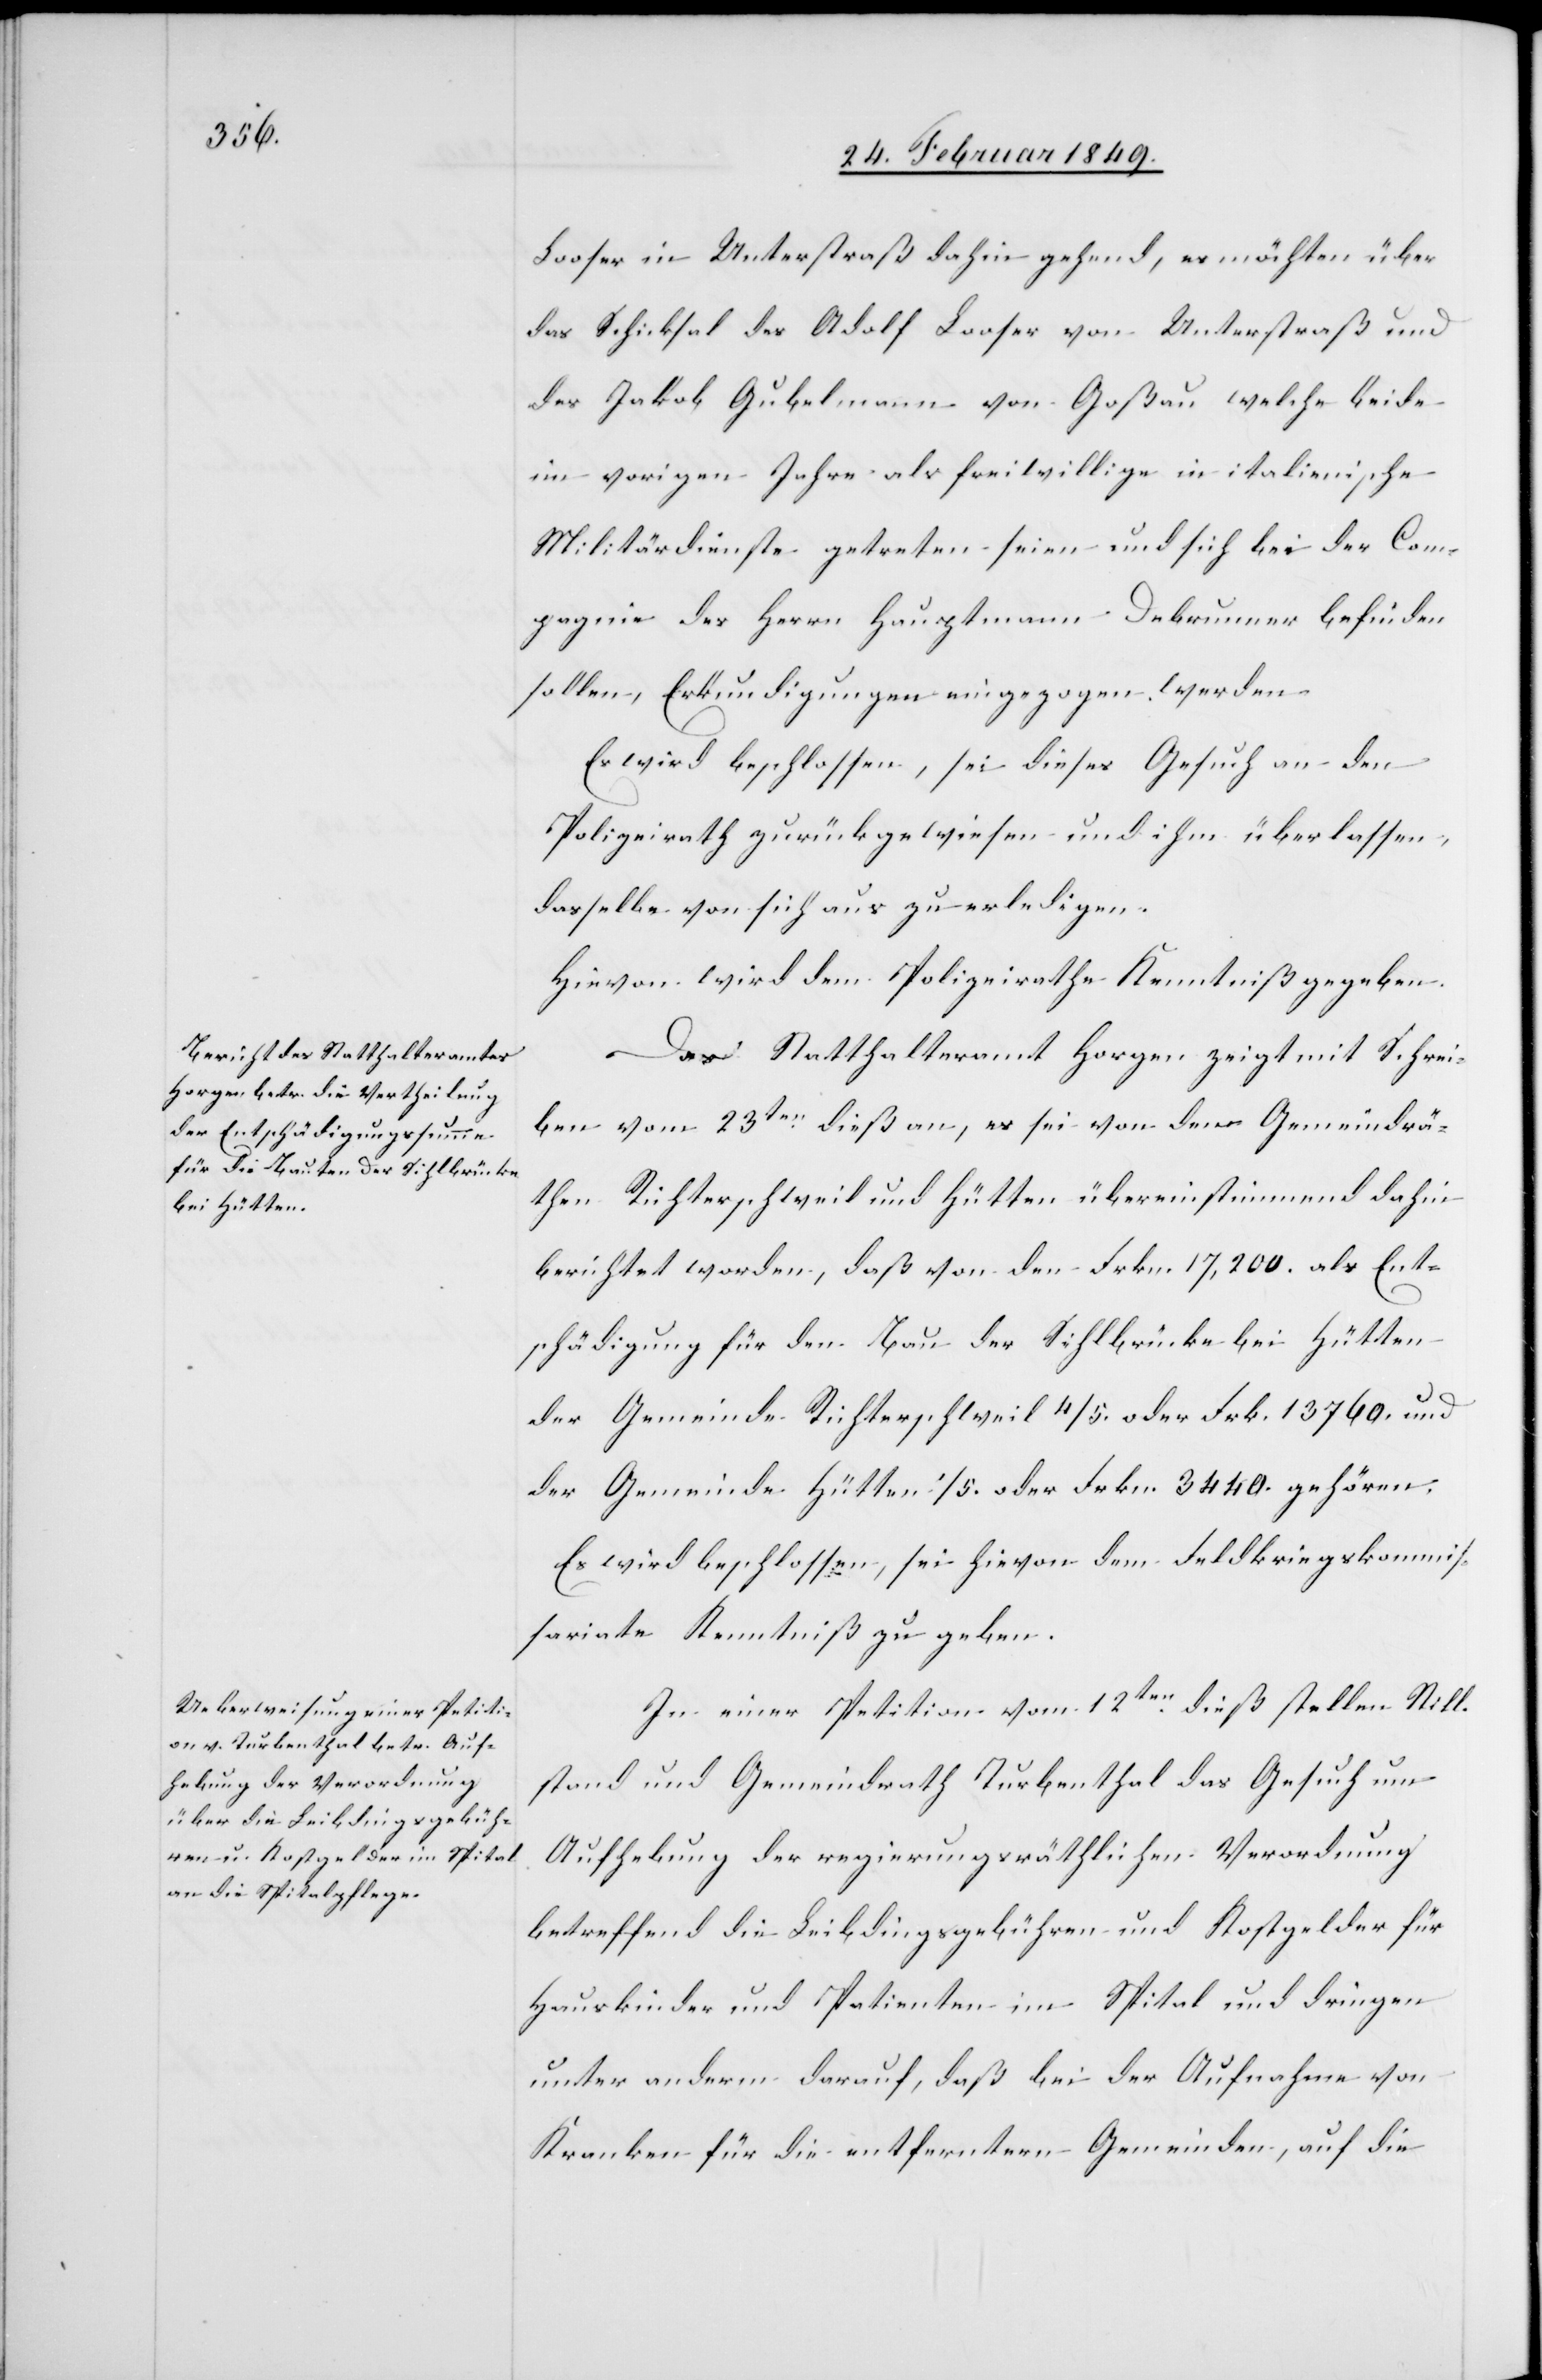
Looser in Unterstraß dahin gehend, es möchte über
das Schicksal des Adolf Looser von Unterstraß und
des Jakob Gubelmann von Goßau welche beide
im vorigen Jahre als freiwillige in italienische
Militärdienste getreten seien und sich bei der Com¬
pagnie des Herrn Hauptmann Debrunner befinden
sollen, Erkundigungen eingezogen werden.
Es wird beschlossen, sei dieses Gesuch an den
Polizeirath zurückgewiesen und ihm überlassen,
desselbe von sich aus zu erledigen.
Hievon wird dem Polizeirathe Kenntniß gegeben.
Das Statthalteramt Horgen zeigt mit Schrei¬
ben vom 23ten. dieß an, es sei von den Gemeindrä¬
then Richterschweil und Hütten übereinstimmend dahin
berichtet worden, daß von den Frkn. 17,200. als Ent¬
schädigung für den Bau der Sihlbrücke bei Hütten
der Gemeinde Richterschweil 4/5. oder Frk. 13760. und
der Gemeinde Hütten 1/5. oder Frkn. 3440. gehören.
Es wird beschlossen, sei hievon dem Feldkriegskommis¬
sariate Kenntniß zu geben.
In einer Petition vom 12ten. dieß stellen Still¬
stand und Gemeindrath Turbenthal das Gesuch um
Aufhebung der regierungsräthlichen Verordnung
betreffend die Leibdingsgebühren und Kostgelder für
Hauskinder und Patienten im Spital und dringen
unter anderm darauf an, daß bei der Aufnahme von
Kranken für die entfernten Gemeinden, auf die